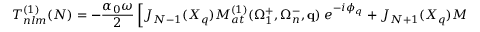
T _ { n l m } ^ { ( 1 ) } ( N ) = - \frac { \alpha _ { 0 } \omega } { 2 } \left[ J _ { N - 1 } ( X _ { q } ) { \cal M } _ { a t } ^ { ( 1 ) } ( \Omega _ { 1 } ^ { + } , \Omega _ { n } ^ { - } , \mathbf { q } ) \; e ^ { - i \phi _ { q } } + J _ { N + 1 } ( X _ { q } ) { \cal M } _ { a t } ^ { ( 1 ) } ( \Omega _ { 1 } ^ { - } , \Omega _ { n } ^ { + } , \mathbf { q } ) \; e ^ { i \phi _ { q } } \right] ,